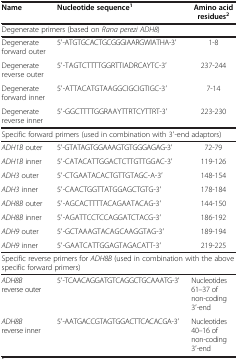
<table><thead><tr><td><b>Name</b></td><td><b>Nucleotide sequence<sup>1</sup></b></td><td><b>Amino acid residues<sup>2</sup></b></td></tr></thead><tbody><tr><td colspan="3">Degenerate primers (based on <i>Rana perezi ADH8</i>)</td></tr><tr><td>Degenerate forward outer</td><td>5′-ATGTGCACTGCGGGIAARGWIATHA-3′</td><td>1-8</td></tr><tr><td>Degenerate reverse outer</td><td>5′-TAGTCTTTTGGRTTIADRCAYTC-3′</td><td>237-244</td></tr><tr><td>Degenerate forward inner</td><td>5′-ATTACATGTAAGGCIGCIGTIGC-3′</td><td>7-14</td></tr><tr><td>Degenerate reverse inner</td><td>5′-GGCTTTTGGRAAYTTRTCYTTRT-3′</td><td>223-230</td></tr><tr><td colspan="3">Specific forward primers (used in combination with 3′-end adaptors)</td></tr><tr><td><i>ADH1B</i> outer</td><td>5′-GTATAGTGGAAAGTGTGGGAGAG-3′</td><td>72-79</td></tr><tr><td><i>ADH1B</i> inner</td><td>5′-CATACATTGGACTCTTGTTGGAC-3′</td><td>119-126</td></tr><tr><td><i>ADH3</i> outer</td><td>5′-CTGAATACACTGTTGTAGC-A-3′</td><td>148-154</td></tr><tr><td><i>ADH3</i> inner</td><td>5′-CAACTGGTTATGGAGCTGTG-3′</td><td>178-184</td></tr><tr><td><i>ADH8B</i> outer</td><td>5′-AGCACTTTTACAGAATACAG-3′</td><td>144-150</td></tr><tr><td><i>ADH8B</i> inner</td><td>5′-AGATTCCTCCAGGATCTACG-3′</td><td>186-192</td></tr><tr><td><i>ADH9</i> outer</td><td>5′-GCTAAAGTACAGCAAGGTAG-3′</td><td>189-194</td></tr><tr><td><i>ADH9</i> inner</td><td>5′-GAATCATTGGAGTAGACATT-3′</td><td>219-225</td></tr><tr><td colspan="3">Specific reverse primers for <i>ADH8B</i> (used in combination with the above specific forward primers)</td></tr><tr><td><i>ADH8B</i> reverse outer</td><td>5′-TCAACAGGATGTCAGGCTGCAAATG-3′</td><td>Nucleotides 61–37 of non-coding 3′-end</td></tr><tr><td><i>ADH8B</i> reverse inner</td><td>5′-AATGACCGTAGTGGACTTCACACGA-3′</td><td>Nucleotides 40–16 of non-coding 3′-end</td></tr></tbody></table>